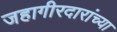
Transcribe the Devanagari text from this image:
जहागीरदारांच्या